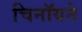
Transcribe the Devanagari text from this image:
चिनॉयने